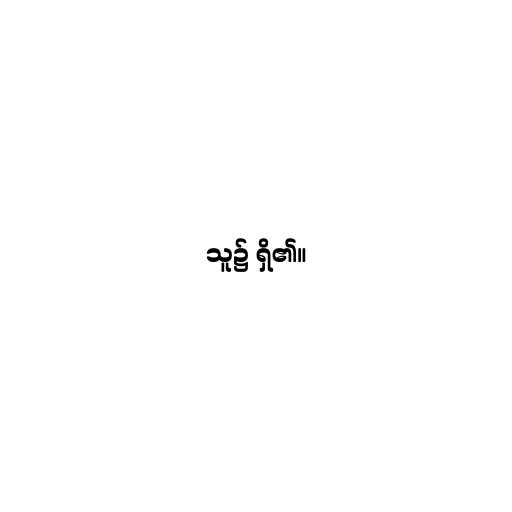
သူ၌ ရှိ၏။